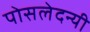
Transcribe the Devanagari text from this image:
पोसलेदन्यी